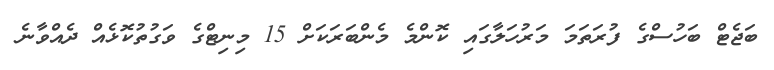
ބަޖެޓް ބަހުސްގެ ފުރަތަމަ މަރުހަލާގައި ކޮންމެ މެންބަރަކަށް 15 މިނިޓްގެ ވަގުތުކޮޅެއް ދެއްވާނެ